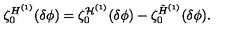
\zeta _ { 0 } ^ { H ^ { ( 1 ) } } ( \delta \phi ) = \zeta _ { 0 } ^ { { \cal H } ^ { ( 1 ) } } ( \delta \phi ) - \zeta _ { 0 } ^ { \tilde { H } ^ { ( 1 ) } } ( \delta \phi ) .